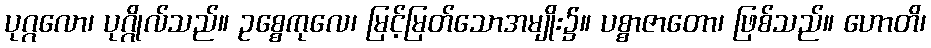
ပုဂ္ဂလော၊ ပုဂ္ဂိုလ်သည်။ ဥစ္စေကုလေ၊ မြင့်မြတ်သောအမျိုး၌။ ပစ္စာဇာတော၊ ဖြစ်သည်။ ဟောတိ၊